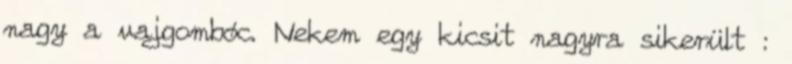
nagy a vajgombóc. Nekem egy kicsit nagyra sikerült :